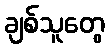
ချစ်သူတွေ